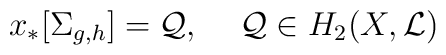
x_*[\Sigma_{g,h}]={\cal Q}, \,\,\,\,\,\,\, {\cal Q}\in H_2(X, {\cal L})